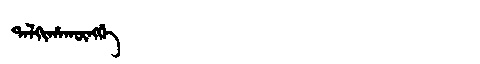
Manchu: ᡨᠠᠯᡴᡳᡥᠠᡴᡡᠩᡤᡝ
Romanization: TALKIHAKŪNGGE